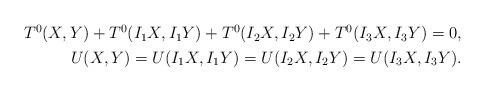
LaTeX: \begin{align*} \begin{aligned} T^0(X,Y)+T^0(I_1X,I_1Y)+T^0(I_2X,I_2Y)+T^0(I_3X,I_3Y)=0, \\U(X,Y)=U(I_1X,I_1Y)=U(I_2X,I_2Y)=U(I_3X,I_3Y). \end{aligned}\end{align*}